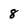
Character: 8